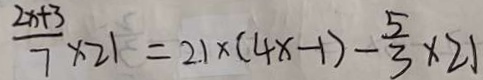
\frac { 2 x + 3 } { 7 } \times 2 1 = 2 . 1 \times ( 4 x - 1 ) - \frac { 5 } { 3 } \times 2 1